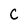
Character: C